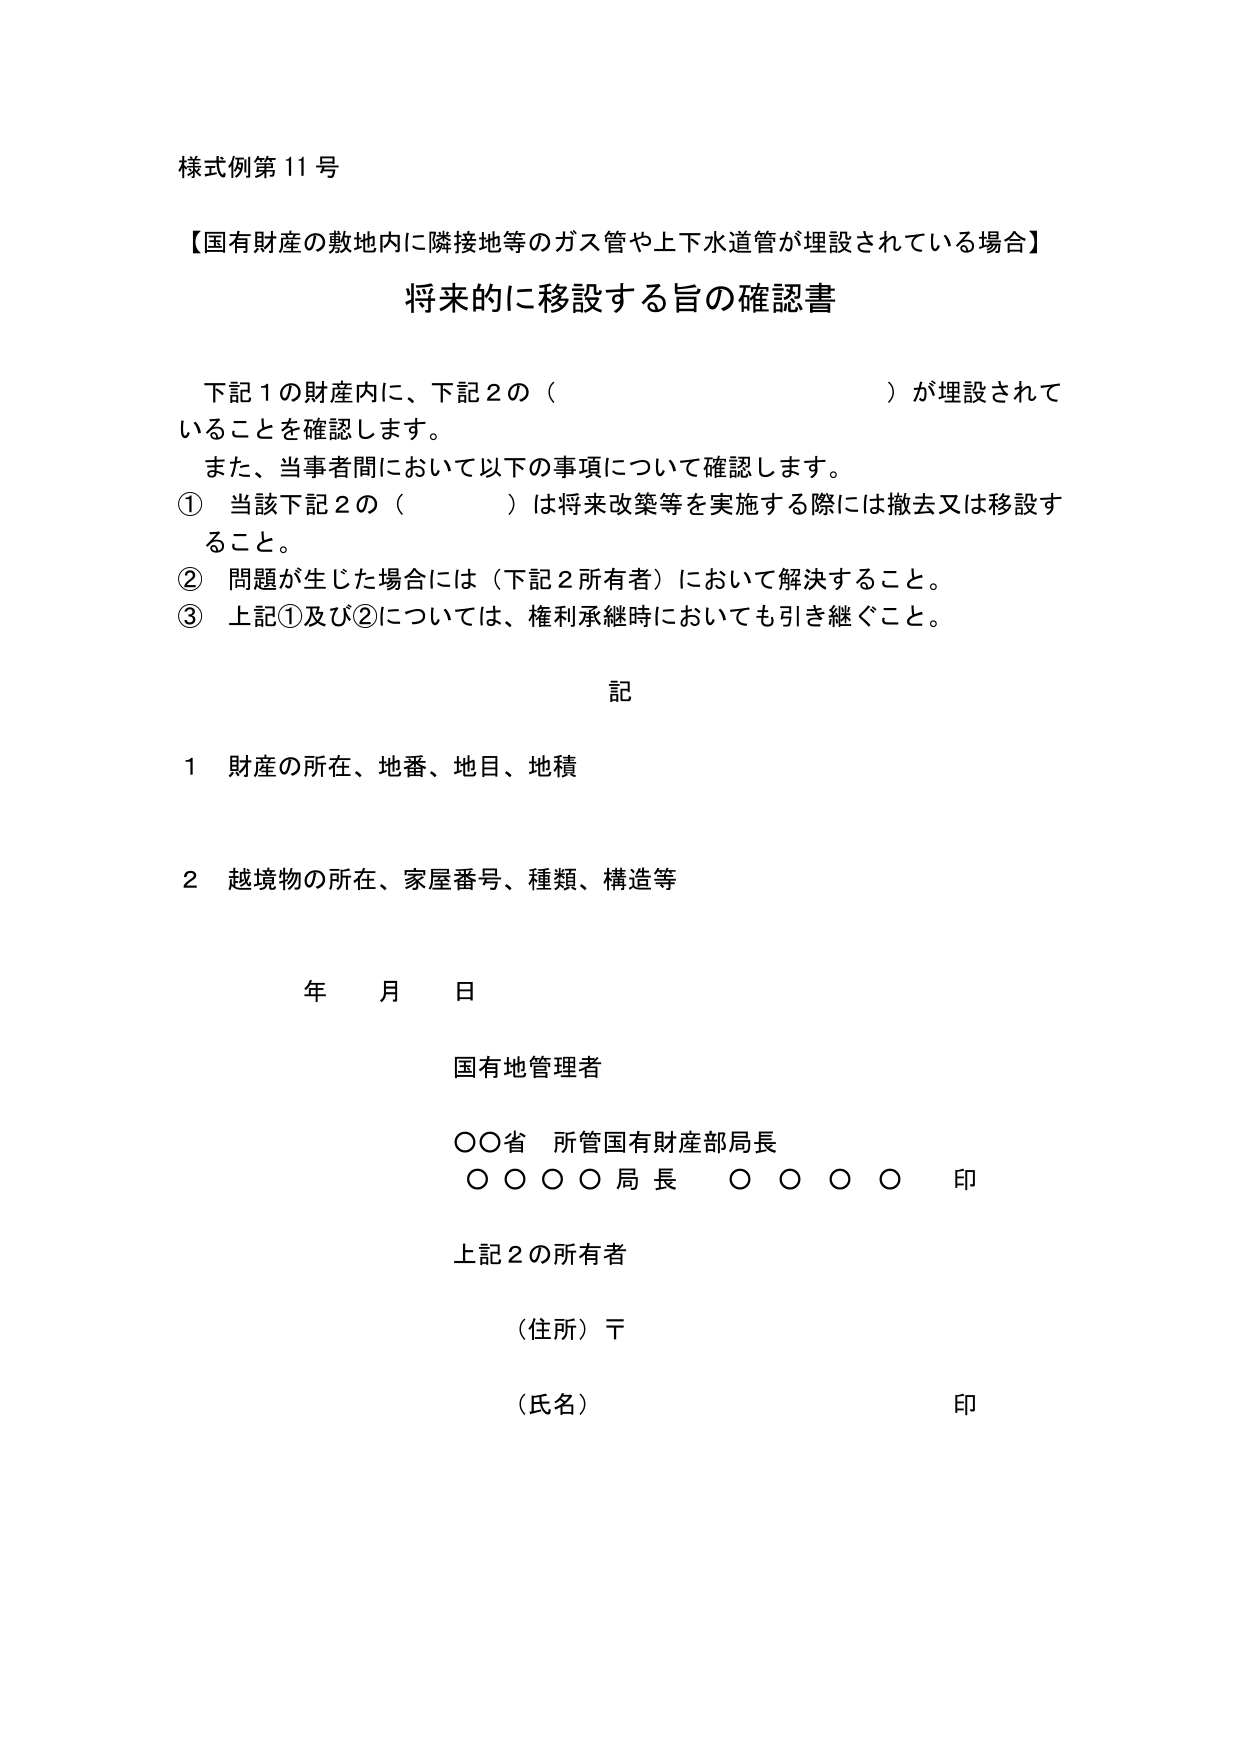
様式例第11号

【国有財産の敷地内に隣接地等のガス管や上下水道管が埋設されている場合】

将来的に移設する旨の確認書

下記1の財産内に、下記2の（　　　　　　　　　　　　）が埋設されていることを確認します。
また、当事者間において以下の事項について確認します。
① 当該下記2の（　　　　　　　　　　　　）は将来改築等を実施する際には撤去又は移設すること。
② 問題が生じた場合には（下記2所有者）において解決すること。
③ 上記①及び②については、権利承継時においても引き継ぐこと。

記

1 財産の所在、地番、地目、地積

2 越境物の所在、家屋番号、種類、構造等

年　月　日

国有地管理者

○○省　所管国有財産部局長
○○○○局長　○○○○　印

上記2の所有者

（住所）〒

（氏名）　　　　　　　　　　　　　　　　　　　　　印